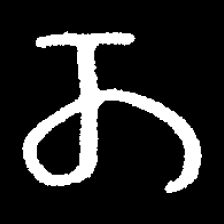
Pyu character \u2014 Myanmar letter: တ (romanized: ta)